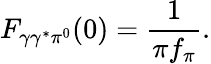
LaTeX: F_{\gamma\gamma^{*}\pi^{0}}(0)=\frac 1{\pi f_{\pi}}.